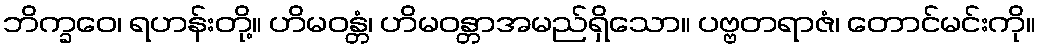
ဘိက္ခဝေ၊ ရဟန်းတို့။ ဟိမဝန္တံ၊ ဟိမဝန္တာအမည်ရှိသော။ ပဗ္ဗတရာဇံ၊ တောင်မင်းကို။